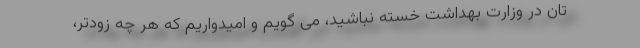
تان در وزارت بهداشت خسته نباشید، می گویم و امیدواریم که هر چه زودتر،